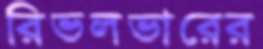
রিভলভারের